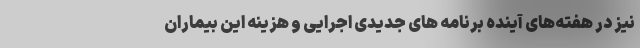
نیز در هفته‌های آینده برنامه های جدیدی اجرایی و هزینه این بیماران